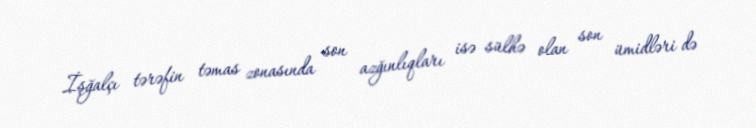
İşğalçı tərəfin təmas zonasında son azğınlıqları isə sülhə olan son ümidləri də